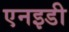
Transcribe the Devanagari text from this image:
एनइडी